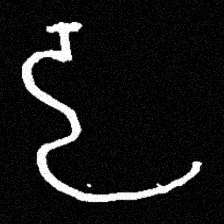
Pyu character \u2014 Myanmar letter: ဠ (romanized: lla)